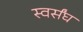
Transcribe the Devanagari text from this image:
स्वर्संघ